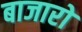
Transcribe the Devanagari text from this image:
बाजारो